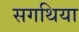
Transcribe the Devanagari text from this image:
सगथिया